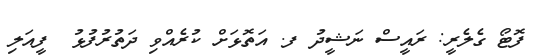
ފޮޓޯ ގެލެރީ: ރައީސް ނަޝީދު ފ. އަތޮޅަށް ކުރެއްވި ދަތުރުފުޅު  ފީއަލި